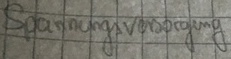
Text: Spannungsversorgung